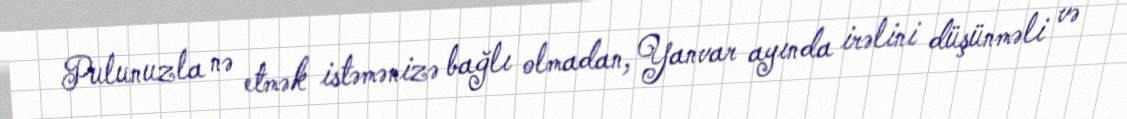
Pulunuzla nə etmək istəmənizə bağlı olmadan, Yanvar ayında irəlini düşünməli və